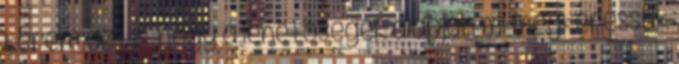
kérem azt is, hogy a lehetőségek alapján mi megkeressük